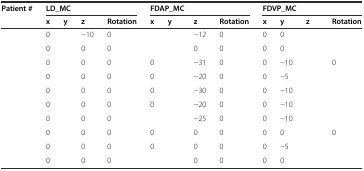
<table><thead><tr><td><b>Patient #</b></td><td colspan="4"><b>LD_MC</b></td><td colspan="4"><b>FDAP_MC</b></td><td colspan="4"><b>FDVP_MC</b></td></tr><tr><td>[EMPTY_CELL]</td><td><b>x</b></td><td><b>y</b></td><td><b>z</b></td><td><b>Rotation</b></td><td><b>x</b></td><td><b>y</b></td><td><b>z</b></td><td><b>Rotation</b></td><td><b>x</b></td><td><b>y</b></td><td><b>z</b></td><td><b>Rotation</b></td></tr></thead><tbody><tr><td>[EMPTY_CELL]</td><td>0</td><td>[EMPTY_CELL]</td><td>−10</td><td>0</td><td>[EMPTY_CELL]</td><td>[EMPTY_CELL]</td><td>−12</td><td>0</td><td>0</td><td>0</td><td>[EMPTY_CELL]</td><td>[EMPTY_CELL]</td></tr><tr><td>[EMPTY_CELL]</td><td>0</td><td>[EMPTY_CELL]</td><td>0</td><td>0</td><td>[EMPTY_CELL]</td><td>[EMPTY_CELL]</td><td>0</td><td>0</td><td>0</td><td>0</td><td>[EMPTY_CELL]</td><td>[EMPTY_CELL]</td></tr><tr><td>[EMPTY_CELL]</td><td>0</td><td>[EMPTY_CELL]</td><td>0</td><td>0</td><td>0</td><td>[EMPTY_CELL]</td><td>−31</td><td>0</td><td>0</td><td>−10</td><td>[EMPTY_CELL]</td><td>0</td></tr><tr><td>[EMPTY_CELL]</td><td>0</td><td>[EMPTY_CELL]</td><td>0</td><td>0</td><td>0</td><td>[EMPTY_CELL]</td><td>−20</td><td>0</td><td>0</td><td>−5</td><td>[EMPTY_CELL]</td><td>[EMPTY_CELL]</td></tr><tr><td>[EMPTY_CELL]</td><td>0</td><td>[EMPTY_CELL]</td><td>0</td><td>0</td><td>0</td><td>[EMPTY_CELL]</td><td>−30</td><td>0</td><td>0</td><td>−10</td><td>[EMPTY_CELL]</td><td>[EMPTY_CELL]</td></tr><tr><td>[EMPTY_CELL]</td><td>0</td><td>[EMPTY_CELL]</td><td>0</td><td>0</td><td>0</td><td>[EMPTY_CELL]</td><td>−20</td><td>0</td><td>0</td><td>−10</td><td>[EMPTY_CELL]</td><td>[EMPTY_CELL]</td></tr><tr><td>[EMPTY_CELL]</td><td>0</td><td>[EMPTY_CELL]</td><td>0</td><td>0</td><td>[EMPTY_CELL]</td><td>[EMPTY_CELL]</td><td>−25</td><td>0</td><td>0</td><td>−10</td><td>[EMPTY_CELL]</td><td>[EMPTY_CELL]</td></tr><tr><td>[EMPTY_CELL]</td><td>0</td><td>[EMPTY_CELL]</td><td>0</td><td>0</td><td>0</td><td>[EMPTY_CELL]</td><td>0</td><td>0</td><td>0</td><td>0</td><td>[EMPTY_CELL]</td><td>0</td></tr><tr><td>[EMPTY_CELL]</td><td>0</td><td>[EMPTY_CELL]</td><td>0</td><td>0</td><td>0</td><td>[EMPTY_CELL]</td><td>0</td><td>0</td><td>0</td><td>−5</td><td>[EMPTY_CELL]</td><td>[EMPTY_CELL]</td></tr><tr><td>[EMPTY_CELL]</td><td>0</td><td>[EMPTY_CELL]</td><td>0</td><td>0</td><td>[EMPTY_CELL]</td><td>[EMPTY_CELL]</td><td>0</td><td>0</td><td>0</td><td>0</td><td>[EMPTY_CELL]</td><td>[EMPTY_CELL]</td></tr></tbody></table>